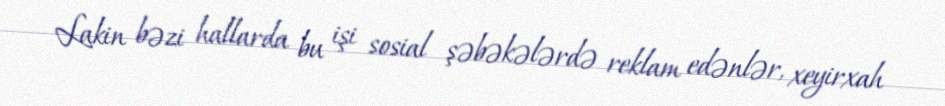
Lakin bəzi hallarda bu işi sosial şəbəkələrdə reklam edənlər, xeyirxah